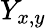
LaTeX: Y_{x,y}